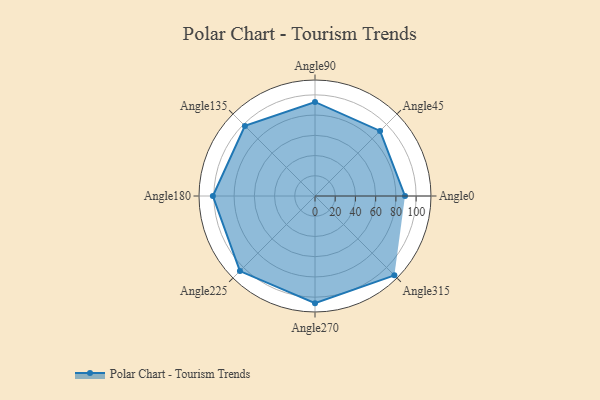
{"axis": {"x": "Angle", "y": "Radius"}, "legend": [""], "data": [{"x": "Angle0", "y": 89.0, "type": ""}, {"x": "Angle45", "y": 91.0, "type": ""}, {"x": "Angle90", "y": 93.0, "type": ""}, {"x": "Angle135", "y": 98.0, "type": ""}, {"x": "Angle180", "y": 101.0, "type": ""}, {"x": "Angle225", "y": 105.0, "type": ""}, {"x": "Angle270", "y": 106.0, "type": ""}, {"x": "Angle315", "y": 111.0, "type": ""}]}